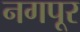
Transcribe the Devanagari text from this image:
नगपूर